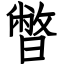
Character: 暼